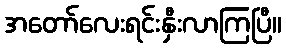
အတော်လေးရင်းနှီးလာကြပြီ။